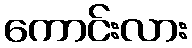
ကောင်းလား